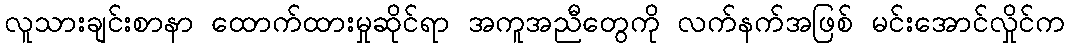
လူသားချင်းစာနာ ထောက်ထားမှုဆိုင်ရာ အကူအညီတွေကို လက်နက်အဖြစ် မင်းအောင်လှိုင်က